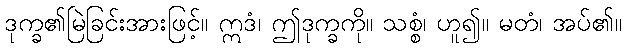
ဒုက္ခ၏မြဲခြင်းအားဖြင့်။ ဣဒံ၊ ဤဒုက္ခကို။ သစ္စံ၊ ဟူ၍။ မတံ၊ အပ်၏။